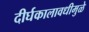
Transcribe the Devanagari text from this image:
दीर्घकालावधीमुळे